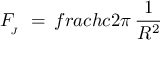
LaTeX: F _ { \! _ { J } } \ = \, f r a c { h c } { 2 \pi } \, \frac { 1 } { R ^ { 2 } }